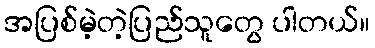
အပြစ်မဲ့တဲ့ပြည်သူတွေ ပါတယ်။